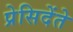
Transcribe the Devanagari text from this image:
प्रेसिदेंते